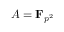
A = \mathbf { F } _ { p ^ { 2 } }